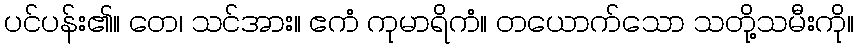
ပင်ပန်း၏။ တေ၊ သင်အား။ ဧကံ ကုမာရိကံ။ တယောက်သော သတို့သမီးကို။